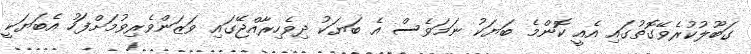
ގަބޫލުކުރެވޭގޮތުގައި އެއީ ކޮންމެ ބަޔަކު ނަމަވެސް އެ ބަޔަކު ދިވެހިރާއްޖޭގައި ވަޒަންވެރިވުމަށްފަހު އެބަޔަކީ